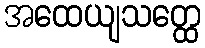
အထေယျသတ္ထေ